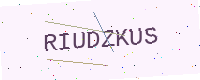
Text: RIUDZKUS